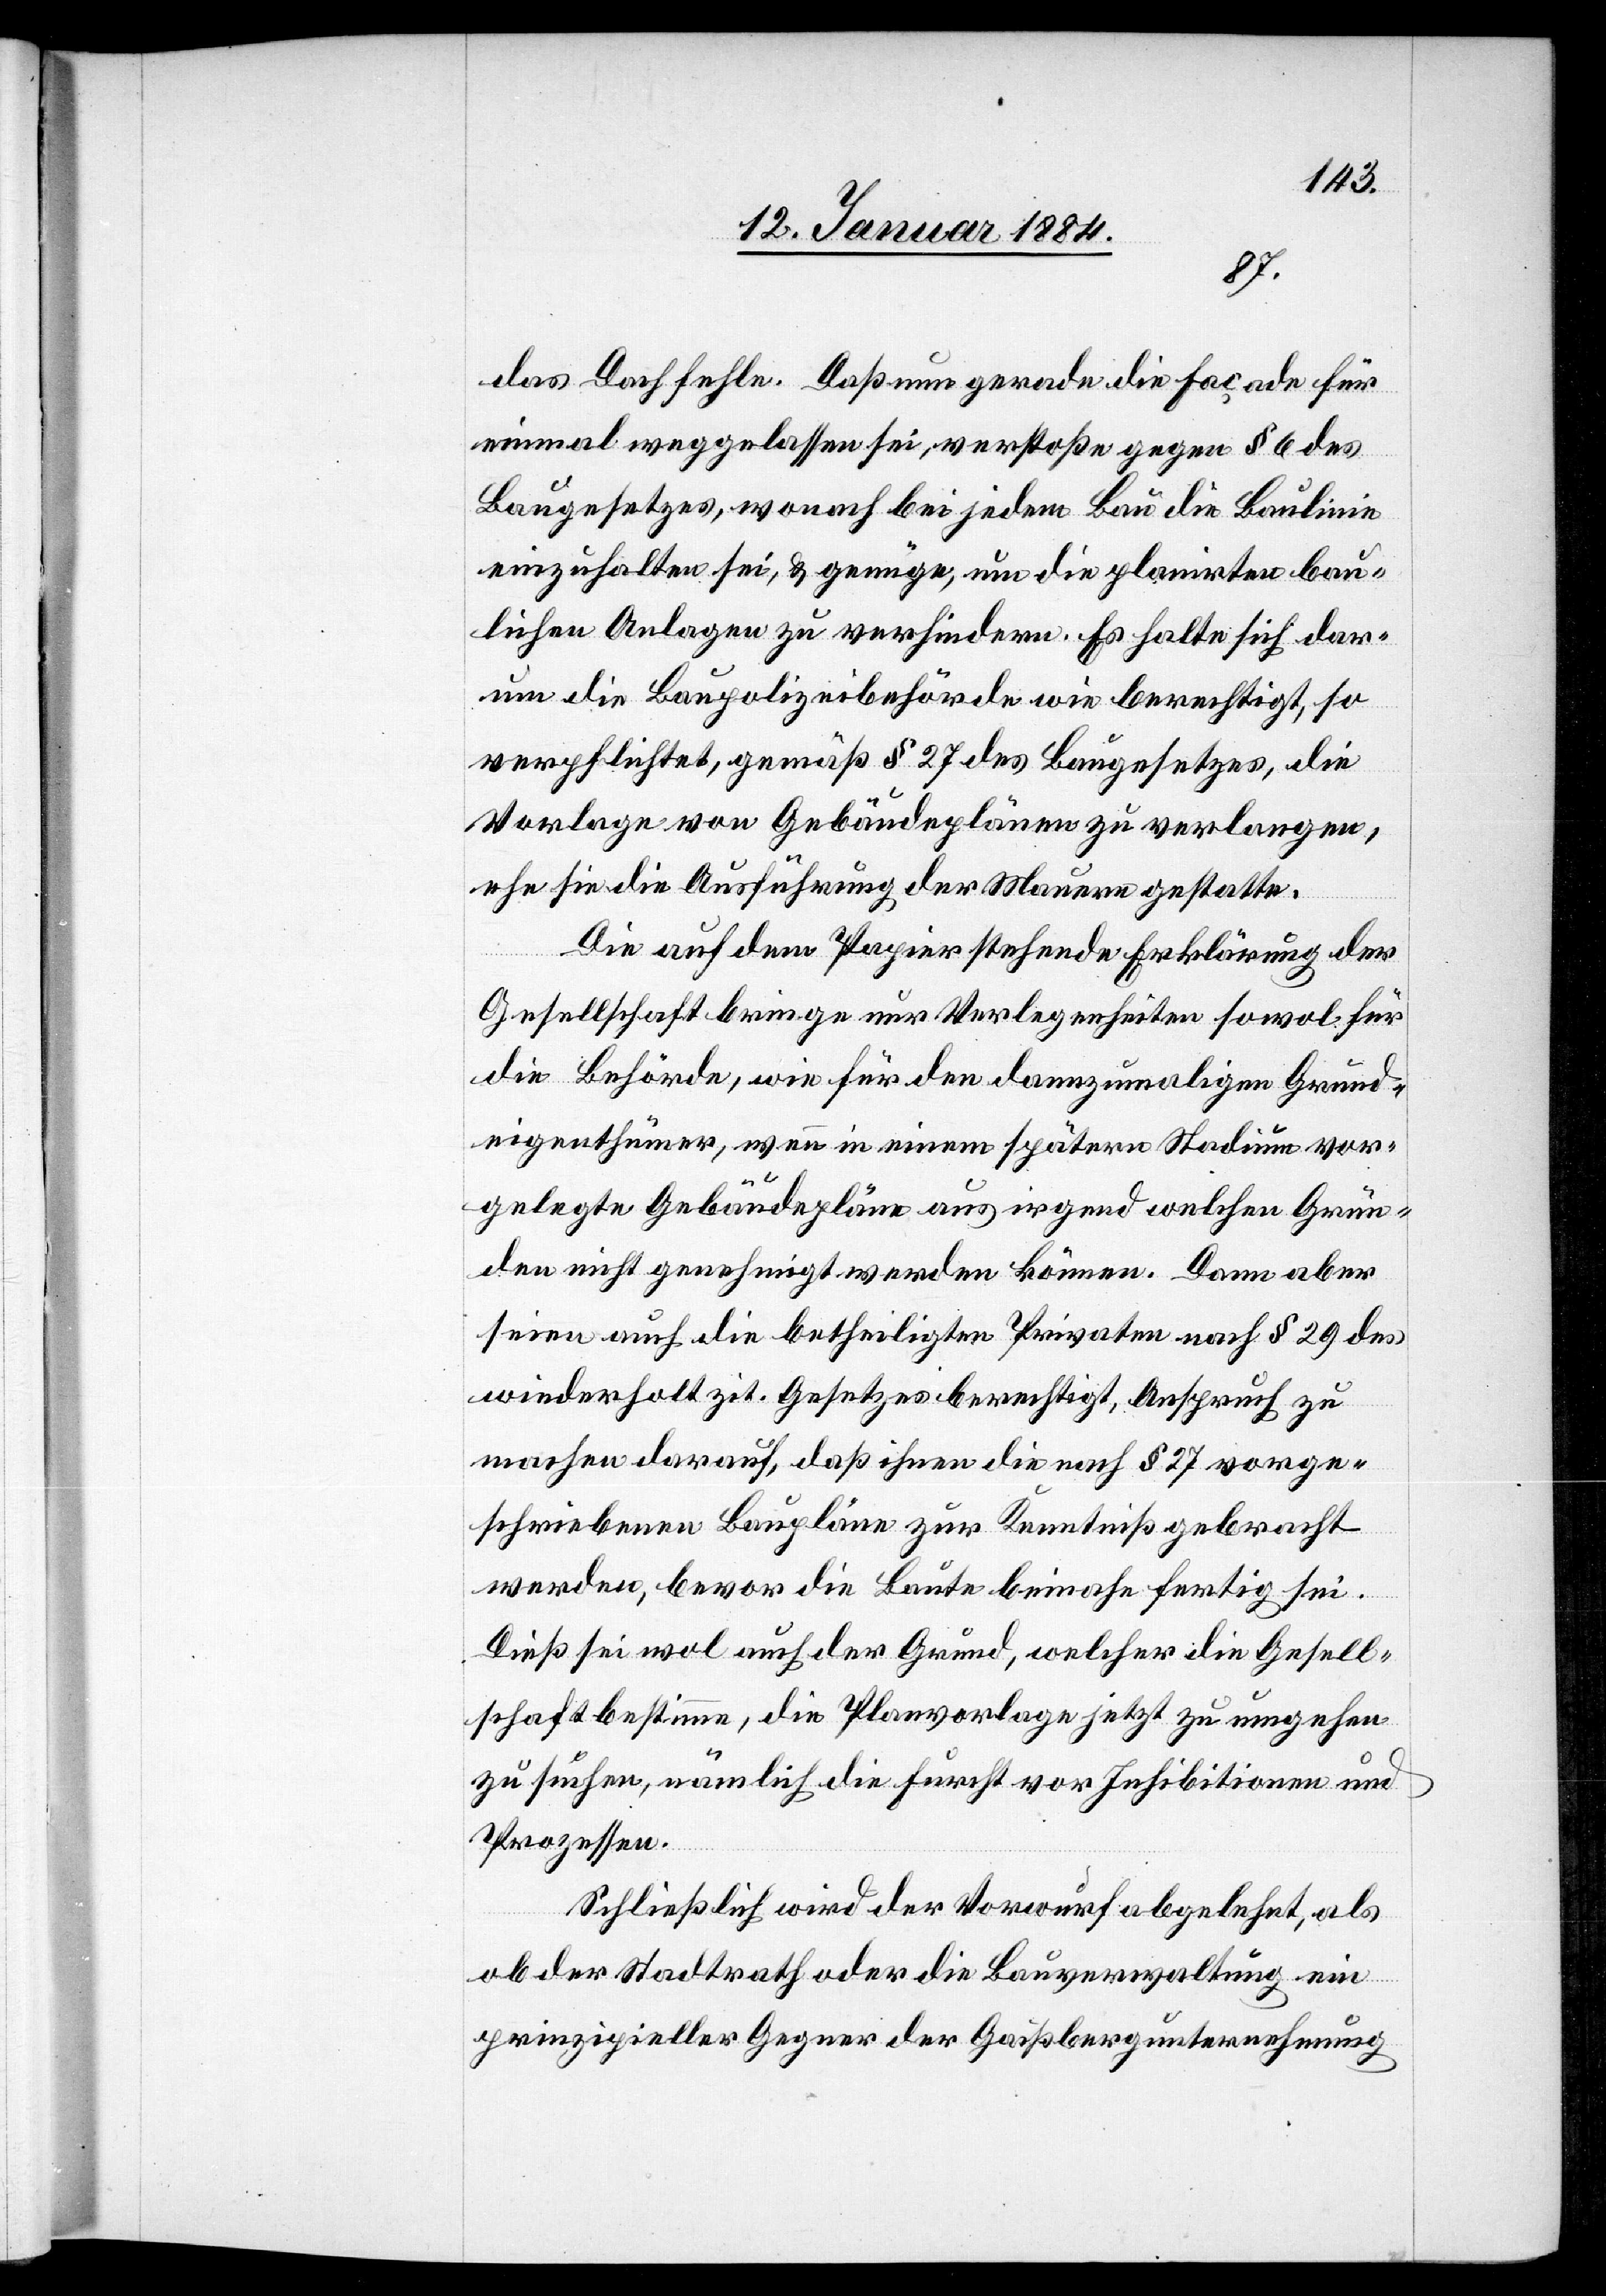
das Dach fehle. Daß nun gerade die Façade für
einmal weggelassen sei, verstoße gegen § 6 des
Baugesetzes, wonach bei jedem Bau die Baulinie
einzuhalten sei, & genüge, um die planirten bau¬
lichen Anlagen zu verhindern. Es halte sich dar¬
um die Baupolizeibehörde wie berechtigt, so
verpflichtet, gemäß § 27 des Baugesetzes, die
Vorlage von Gebäudeplänen zu verlangen,
ehe sie die Ausführung der Mauern gestatte.
Die auf dem Papier stehende Erklärung der
Gesellschaft bringe nur Verlegenheiten sowol für
die Behörde, wie für den dannzumaligen Grund¬
eigenthümer, wenn in einem spätern Stadium vor¬
gelegte Gebäudepläne aus irgend welchen Grün¬
den nicht genehmigt werden können. Dann aber
seien auch die betheiligten Privaten nach § 29 des
wiederholt zit. Gesetzes berechtigt, Anspruch zu
machen darauf, daß ihnen die nach § 27 vorge¬
schriebenen Baupläne zur Kenntniß gebracht
werden, bevor die Baute beinahe fertig sei.
Dieß sei wol auch der Grund, welchen die Gesell¬
schaft bestimme, die Planvorlage jetzt zu umgehen
zu suchen, nämlich die Furcht vor Inhibitionen und
Prozessen.
Schließlich wird der Vorwurf abgelehnt, als
ob der Stadtrath oder die Bauverwaltung ein
prinzipieller Gegner der Gaißbergunternehmung